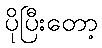
ပိုပြီးတော့